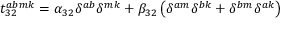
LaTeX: t _ { 3 2 } ^ { a b m k } = \alpha _ { 3 2 } \delta ^ { a b } \delta ^ { m k } + \beta _ { 3 2 } \left( \delta ^ { a m } \delta ^ { b k } + \delta ^ { b m } \delta ^ { a k } \right)